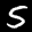
Label: 5